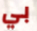
بي